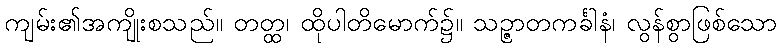
ကျမ်း၏အကျိုးစသည်။ တတ္ထ၊ ထိုပါတိမောက်၌။ သဉ္ဇာတကင်္ခါနံ၊ လွန်စွာဖြစ်သော